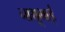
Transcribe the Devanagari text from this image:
नाथूभाई